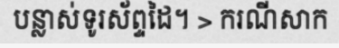
បន្លាស់ទូរស័ព្ទដៃ។ > ករណីសាក